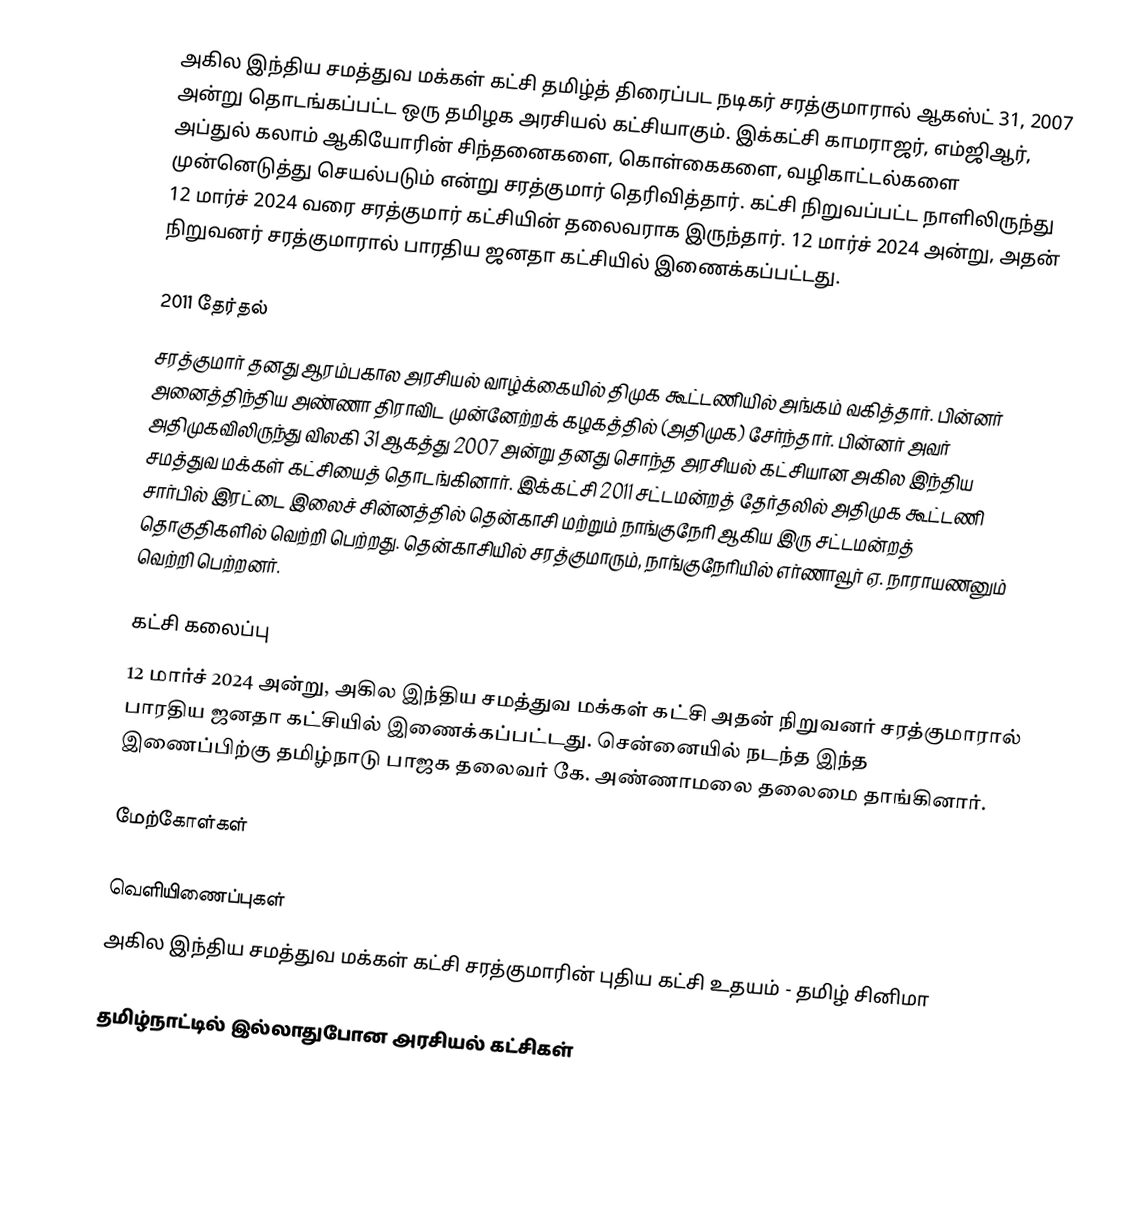
அகில இந்திய சமத்துவ மக்கள் கட்சி தமிழ்த் திரைப்பட நடிகர் சரத்குமாரால் ஆகஸ்ட் 31, 2007 அன்று தொடங்கப்பட்ட ஒரு தமிழக அரசியல் கட்சியாகும். இக்கட்சி காமராஜர், எம்ஜிஆர், அப்துல் கலாம் ஆகியோரின் சிந்தனைகளை, கொள்கைகளை, வழிகாட்டல்களை முன்னெடுத்து செயல்படும் என்று சரத்குமார் தெரிவித்தார். கட்சி நிறுவப்பட்ட நாளிலிருந்து 12 மார்ச் 2024 வரை சரத்குமார் கட்சியின் தலைவராக இருந்தார். 12 மார்ச் 2024 அன்று, அதன் நிறுவனர் சரத்குமாரால் பாரதிய ஜனதா கட்சியில் இணைக்கப்பட்டது.

2011 தேர்தல்
சரத்குமார் தனது ஆரம்பகால அரசியல் வாழ்க்கையில் திமுக கூட்டணியில் அங்கம் வகித்தார். பின்னர் அனைத்திந்திய அண்ணா திராவிட முன்னேற்றக் கழகத்தில் (அதிமுக) சேர்ந்தார். பின்னர் அவர் அதிமுகவிலிருந்து விலகி 31 ஆகத்து 2007 அன்று தனது சொந்த அரசியல் கட்சியான அகில இந்திய சமத்துவ மக்கள் கட்சியைத் தொடங்கினார். இக்கட்சி 2011 சட்டமன்றத் தேர்தலில் அதிமுக கூட்டணி சார்பில் இரட்டை இலைச் சின்னத்தில் தென்காசி மற்றும் நாங்குநேரி ஆகிய இரு சட்டமன்றத் தொகுதிகளில் வெற்றி பெற்றது. தென்காசியில் சரத்குமாரும், நாங்குநேரியில் எர்ணாவூர் ஏ. நாராயணனும் வெற்றி பெற்றனர்.

கட்சி கலைப்பு
12 மார்ச் 2024 அன்று, அகில இந்திய சமத்துவ மக்கள் கட்சி அதன் நிறுவனர் சரத்குமாரால் பாரதிய ஜனதா கட்சியில் இணைக்கப்பட்டது. சென்னையில் நடந்த இந்த இணைப்பிற்கு தமிழ்நாடு பாஜக தலைவர் கே. அண்ணாமலை தலைமை தாங்கினார்.

மேற்கோள்கள்

வெளியிணைப்புகள்
அகில இந்திய சமத்துவ மக்கள் கட்சி சரத்குமாரின் புதிய கட்சி உதயம்  - தமிழ் சினிமா

தமிழ்நாட்டில் இல்லாதுபோன அரசியல் கட்சிகள்